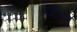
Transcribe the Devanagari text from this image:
गद्दिका